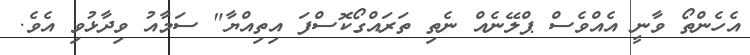
އެހެންތޯ ވާނީ އެއްވެސް ޕްލޭނެއް ނެތި ތަރައްގޯކޮސްފަ އިތިއްޔާ" ސަމާއު ވިދާޅުވި އެވެ.